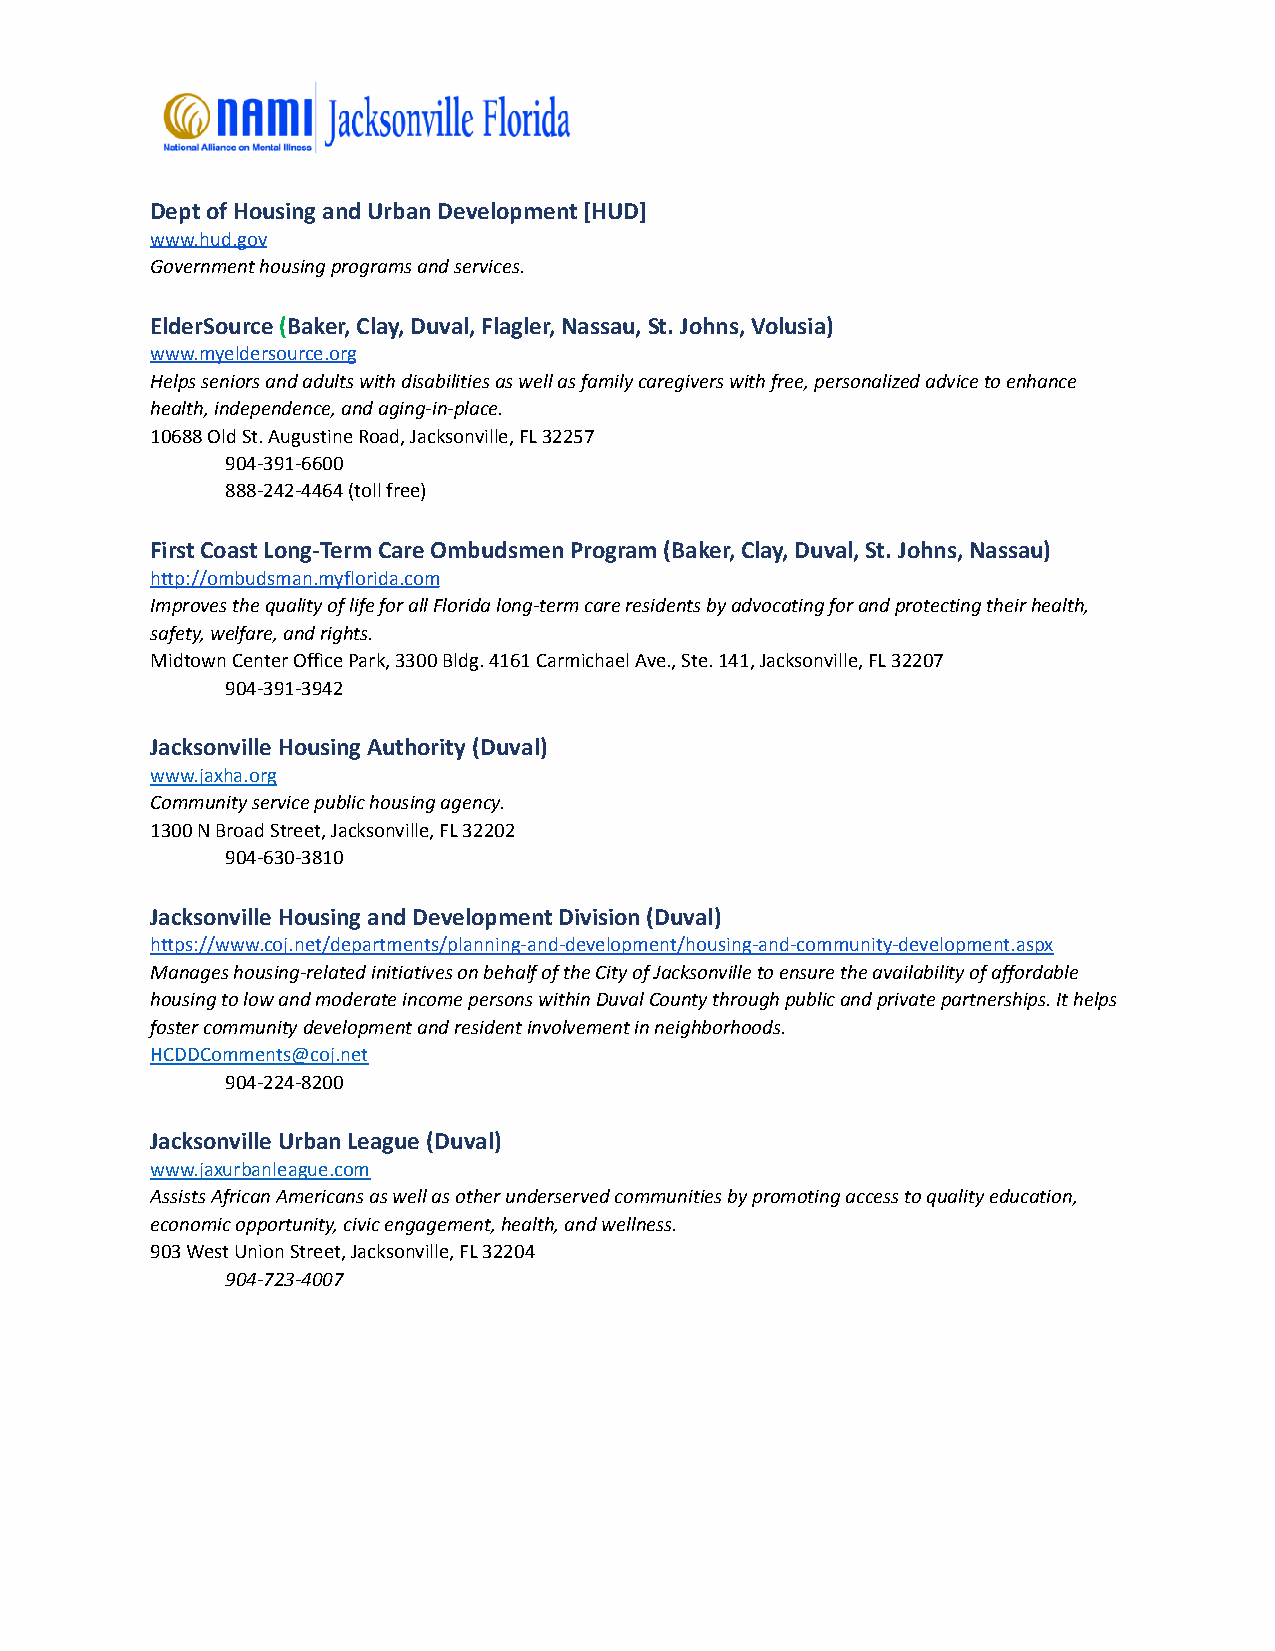
Dept of Housing and Urban Development [HUD]
 www.hud.gov
 Government housing programs and services.
 ElderSource(Baker, Clay, Duval, Flagler, Nassau,St. Johns, Volusia)
 www.myeldersource.org
 Helps seniors and adults with disabilities as well as family caregivers with free, personalized advice to enhance
 health, independence, and aging-in-place.
 10688 Old St. Augustine Road, Jacksonville, FL 32257
 904-391-6600
 888-242-4464 (toll free)
 First Coast Long-Term Care Ombudsmen Program (Baker, Clay, Duval, St. Johns, Nassau)
 http://ombudsman.myflorida.com
 Improves the quality of life for all Florida long-term care residents by advocating for and protecting their health,
 safety, welfare, and rights.
 Midtown Center Office Park, 3300 Bldg. 4161 Carmichael Ave., Ste. 141, Jacksonville, FL 32207
 904-391-3942
 Jacksonville Housing Authority (Duval)
 www.jaxha.org
 Community service public housing agency.
 1300 N Broad Street, Jacksonville, FL 32202
 904-630-3810
 Jacksonville Housing and Development Division (Duval)
 https://www.coj.net/departments/planning-and-development/housing-and-community-development.aspx
 Manages housing-related initiatives on behalf of the City of Jacksonville to ensure the availability of affordable
 housing to low and moderate income persons within Duval County through public and private partnerships. It helps
 foster community development and resident involvement in neighborhoods.
 HCDDComments@coj.net
 904-224-8200
 Jacksonville Urban League (Duval)
 www.jaxurbanleague.com
 Assists African Americans as well as other underserved communities by promoting access to quality education,
 economic opportunity, civic engagement, health, and wellness.
 903 West Union Street, Jacksonville, FL 32204
 904-723-4007